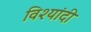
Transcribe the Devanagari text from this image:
विश्यांदी